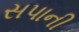
સપાની